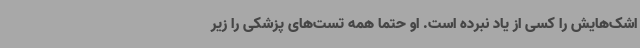
اشک‌هایش را کسی از یاد نبرده است. او حتماً همه تست‌های پزشکی را زیر